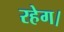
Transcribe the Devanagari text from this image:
रहेग।